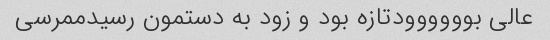
عالی بوووووودتازه بود و زود به دستمون رسیدممرسی